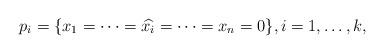
LaTeX: \begin{align*}p_i=\{x_1=\cdots=\widehat{x_i}=\cdots=x_n=0\},i=1,\dots, k,\end{align*}